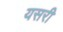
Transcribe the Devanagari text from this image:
यसरी